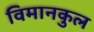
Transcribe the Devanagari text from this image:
विमानकुल